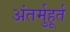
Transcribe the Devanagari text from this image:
अंतर्मुहूर्त